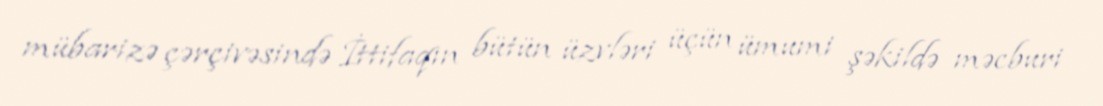
mübarizə çərçivəsində İttifaqın bütün üzvləri üçün ümumi şəkildə məcburi